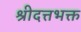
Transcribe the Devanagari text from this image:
श्रीदत्तभक्त